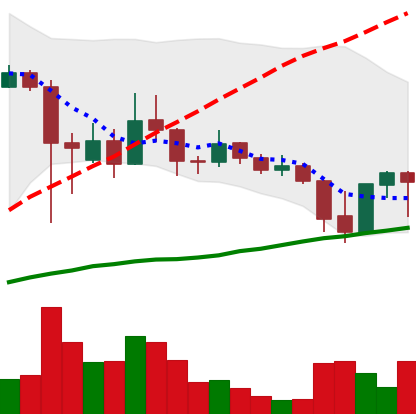
Ticker: ADA-USD
Chart end date: 2021-09-24
Forward return: -9.45%
Label: down_7plus